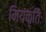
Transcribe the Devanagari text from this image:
मियंकृतिः